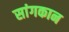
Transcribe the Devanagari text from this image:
सांगकान